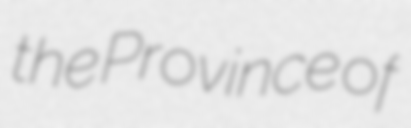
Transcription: the Province of